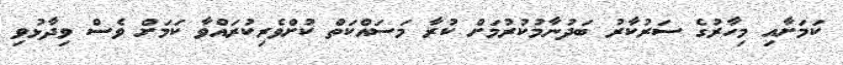
ކަމަށާއި މިހާރުގެ ސަރުކާރު ބަދުނާމުކުރުމަށް ކުރާ މަސައްކަތް ކުށްވެރިކުރައްވާ ކަމަށް ވެސް ވިދާޅުވި